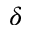
\delta